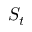
S _ { t }